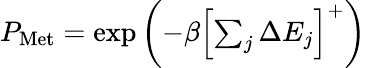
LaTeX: \begin{array}{r}{P_{\mathrm{Met}}=\exp\left(-\beta\left[\sum_{j}\Delta E_{j}\right]^{+}\right)}\end{array}